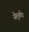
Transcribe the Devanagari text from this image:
सेतुबँध